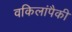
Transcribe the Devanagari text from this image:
वकिलांपैकी